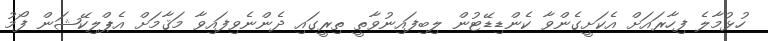
ހުޅުމާލެ ފިހާރައަށް އެކަށީގެންވާ ކެންޑިޑޭޓުން ލިބިފައިނުވާތީ ތިރީގައި ދެންނެވިފައިވާ މަަޤާމަށް އެޕްލިކޭޝަން ފޯމު